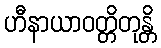
ဟီနာယာဝတ္တိတုန္တိ